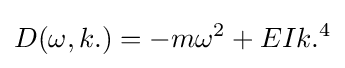
D(\omega ,k.)=-m\omega ^{2}+EIk.^{4}